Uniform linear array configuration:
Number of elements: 24
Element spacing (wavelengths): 0.75
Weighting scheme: hann
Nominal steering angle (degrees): -45
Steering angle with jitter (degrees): -46.163
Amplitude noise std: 0.05
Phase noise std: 0.05

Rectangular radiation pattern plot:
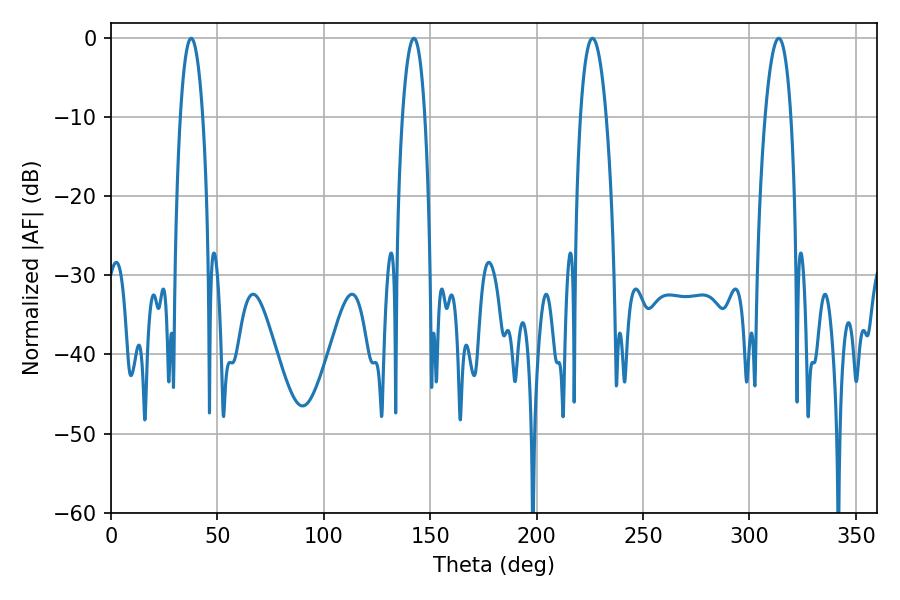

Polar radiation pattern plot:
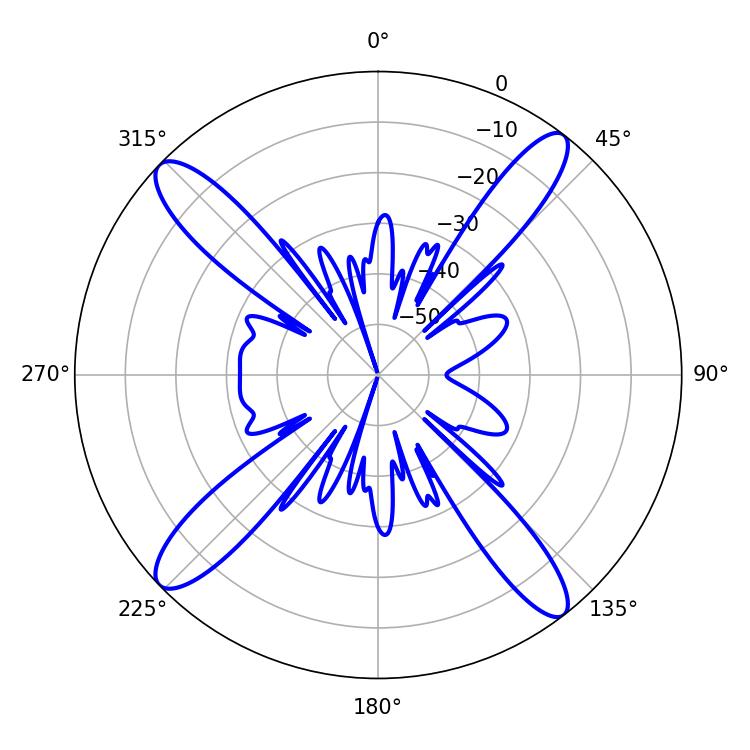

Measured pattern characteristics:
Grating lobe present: TRUE
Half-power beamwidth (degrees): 6.66
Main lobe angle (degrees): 226.26